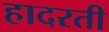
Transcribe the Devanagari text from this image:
हादरती